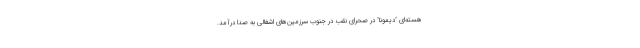
هسته‌ای "دیمونا" در صحرای نقب در جنوب سرزمین‌های اشغالی به صدا درآمد.